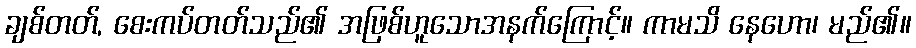
ချစ်တတ်, စေးကပ်တတ်သည်၏ အဖြစ်ဟူသောအနက်ကြောင့်။ ကာမသိ နေဟော၊ မည်၏။